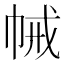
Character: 𢂵